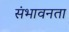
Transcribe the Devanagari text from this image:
संभावनता